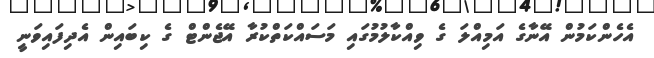
އެހެންކަމުން އޭނާގެ އަމިއްލަ ގެ ވިއްކާލުމުގައި މަސައްކަތްކުރާ އޭޖެންޓް ގެ ކިބައިން އެދިފައިވަނީ